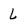
Character: l